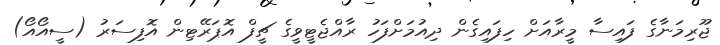
ޖޫރިމަނާގެ ފައިސާ މީރާއަށް ހިފައިގެން ދިއުމަށްފަހު ރާއްޖެޓީވީގެ ޗީފް އޮޕަރޭޓިން އޮފިސަރު (ސީއޯއޯ)